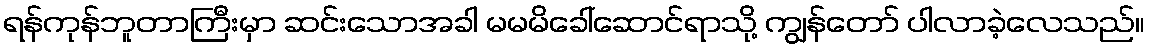
ရန်ကုန်ဘူတာကြီးမှာ ဆင်းသောအခါ မမမိခေါ်ဆောင်ရာသို့ ကျွန်တော် ပါလာခဲ့လေသည်။